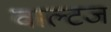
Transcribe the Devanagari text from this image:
वाल्टज